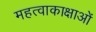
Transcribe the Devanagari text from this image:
महत्वाकाक्षाओं